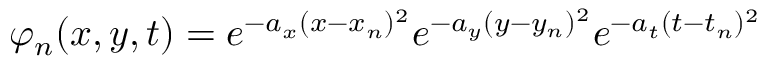
\varphi _ { n } ( x , y , t ) = e ^ { - a _ { x } ( x - x _ { n } ) ^ { 2 } } e ^ { - a _ { y } ( y - y _ { n } ) ^ { 2 } } e ^ { - a _ { t } ( t - t _ { n } ) ^ { 2 } }